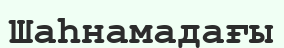
Шаһнамадағы